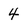
Character: 4